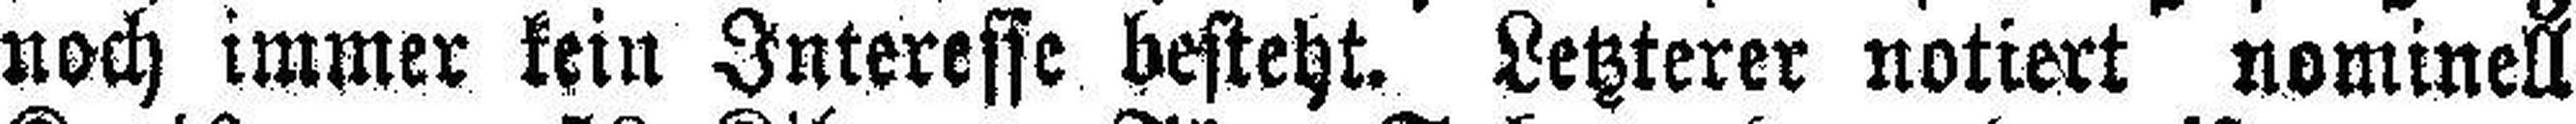
noch immer kein Interesse besteht. Letzterer notiert nominell